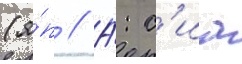
(я́п // А́: с'иа